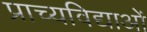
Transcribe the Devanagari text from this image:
प्राच्यविद्याओं